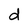
Character: d